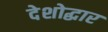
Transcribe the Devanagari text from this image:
देशोद्धार